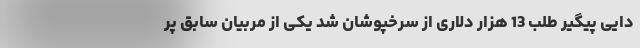
دایی پیگیر طلب 13 هزار دلاری از سرخپوشان شد یکی از مربیان سابق پر